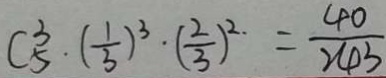
C ^ { 3 } _ { 5 } \cdot ( \frac { 1 } { 3 } ) ^ { 3 } \cdot ( \frac { 2 } { 3 } ) ^ { 2 } = \frac { 4 0 } { 2 4 3 }